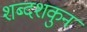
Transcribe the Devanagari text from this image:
शब्दशकुन